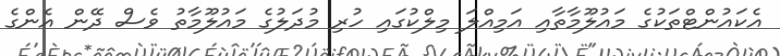
އެކައުންޓްތަކުގެ މައުލޫމާތާއި އަމިއްލަ މިލްކުގައި ހުރި މުދަލުގެ މައުލޫމާތު ވެސް ދޭން އެންގެ